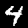
Label: 4